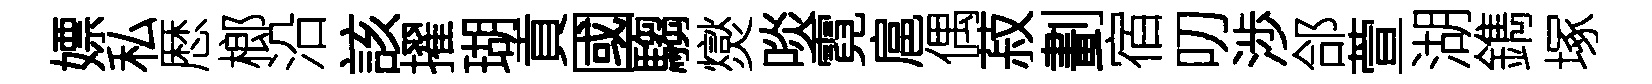
嫖私厯榔沿該擢瑚貢國騶爕啖霓扈偶菽劃宿叨渉郃萱湖鐫塚